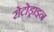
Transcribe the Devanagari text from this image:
रोटोड्राइन